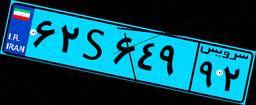
۷۱S۵۰۸۶۲